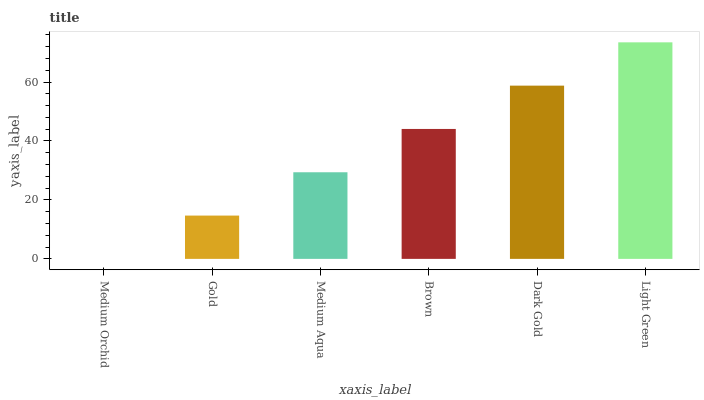
| xaxis_label | bars |
 | --- | --- |
 | Medium Orchid | 0 |
 | Gold | 14.7 |
 | Medium Aqua | 29.4 |
 | Brown | 44.1 |
 | Dark Gold | 58.8 |
 | Light Green | 73.5 |